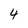
Character: 4